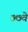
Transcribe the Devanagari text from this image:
७७वे